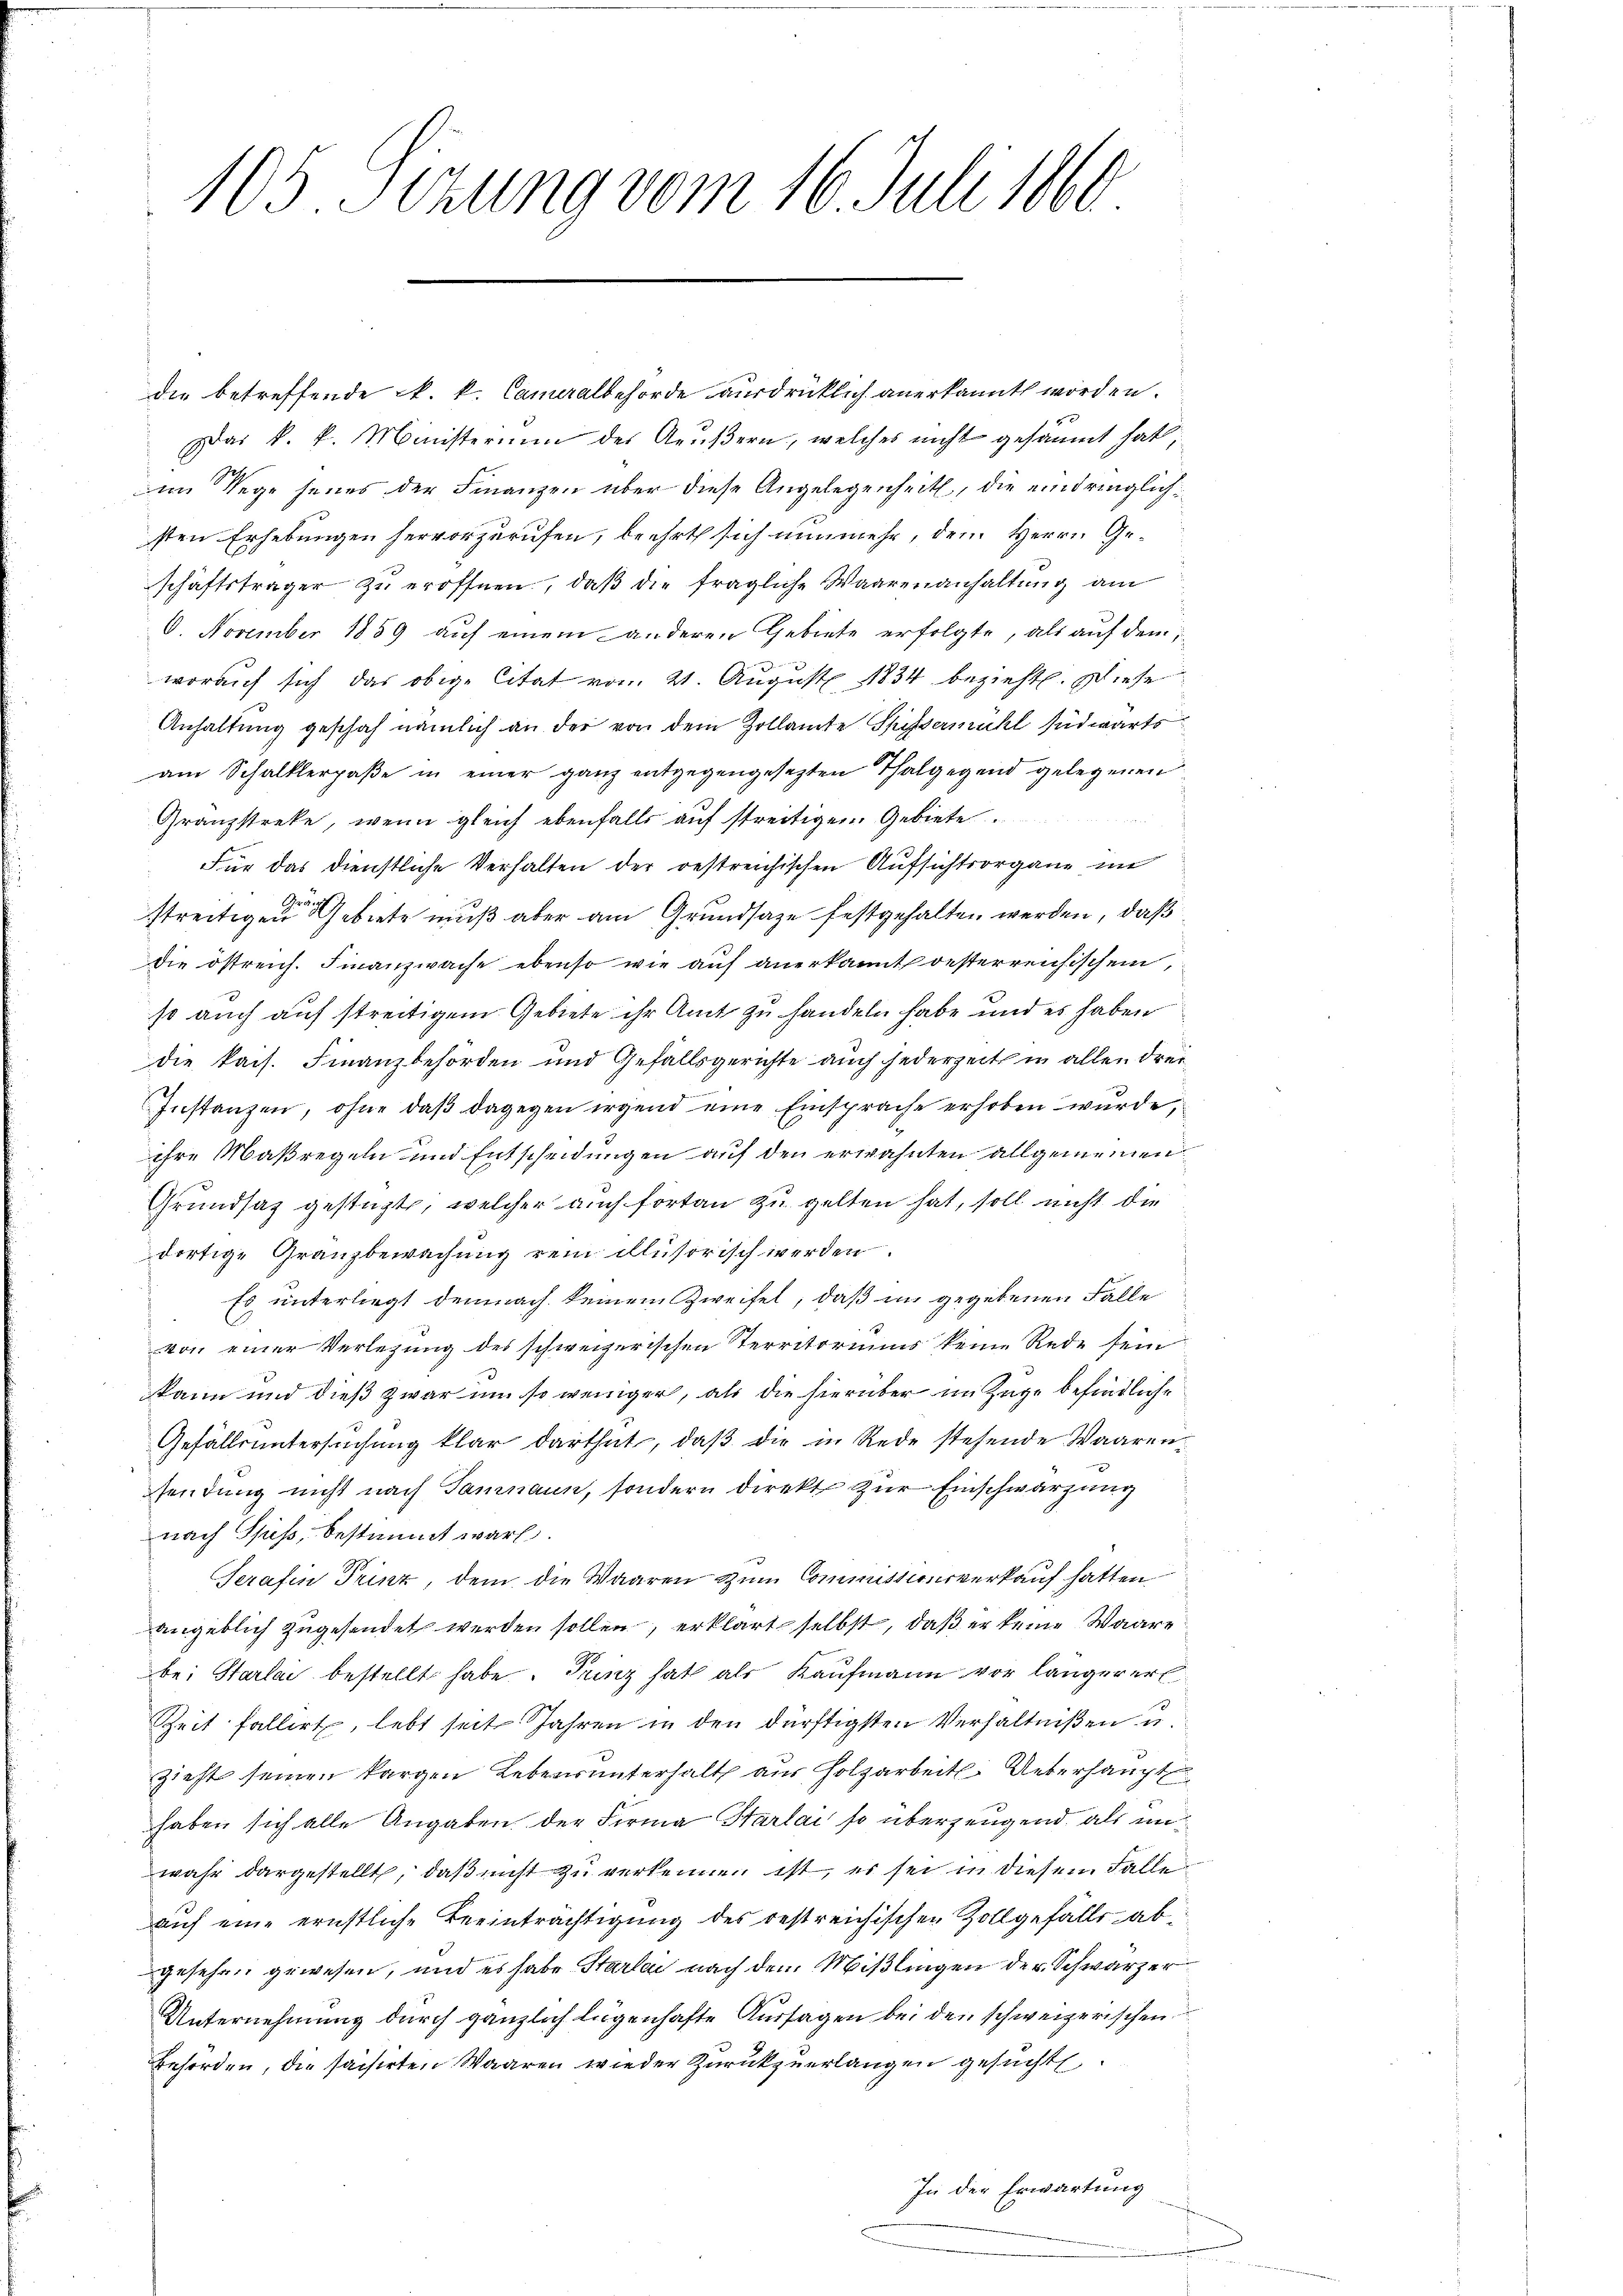
105 Sizung vom 16. Juli 1860

die betreffende N. k. Cameralbehörde ausdrücklich anerkannt worden.
x
zwar k. k. Ministerium des Aeußern, welches nicht gesäumt hat;
im Wege seies der Finanzen über diese Angelegenheit, die eindringlichsten Erhebungen hervorzurufen, beehrt sich nunmehr, dem Herrn Geschäftsträger zu eröffnen, daβ die fragliche Waarenanhaltung am
6. November 1859 auf einem anderen Gebiete erfolgte, als auf dem,
 we
worauf sich das obige Citat vom 21. August 1834 bezieht. Diese
Anhaltung geschah nämlich an der von dem Zollamte Spissermühl südwärts
am Schalklerpaße in einer ganz entgegengesetzten Thalgegend gelegenen
Gränzstreke, wenn gleich ebenfalls auf streitigem Gebiete
Für das dienstliche Verhalten der restreichischen Aufsichtsorgane im
streitigen Gebiete muß aber am Grundsatze festgehalten werden, daß
die östreich. Finanzwache ebenso wie auf anerkannt gesterreichischen,
so auch auf streitigem Gebiete ihr Amt zu handeln habe und es haben
die kais. Finanzbehörden und Gefällsgerichte auch jederzeit in allen drei¬
Instanzen, ohne daß dagegen irgend eine Einsprache erhoben wurde,
ihre Maßregeln und Entscheidungen auf den erwähnten allgemeinen
Grundsaz gestagt, welcher auch fortan zu gelten hat, soll nicht die
dortige Granzbewachung rein clusorisch werden.
Es unterliegt demnach keinem Zweifel, daß in gegebenen Falle
von einer Verlegung des schweizerischen Territoriums keine Rede sein
kann und dieß zwar um so weniger, als die hierüber im Zuge befindliche
Gefällsuntersuchung klar dartheit, daβ die in Rede stehende Waarensendung nicht nach Samnaun, sondern direkt zur Einschwarzung
nach Spis, bestimmt wäre.
Serafin Prinz, dem die Waaren zum Commissionsverkauf hatten
angeblich zugesendet werden sollen, erklärt selbst, daß er keine Waare
bei Starlai bestellt habe. Trinz hat als Kaufmann vor längerer
Zeit fallert, lebt seit Jahren in den dürftigsten Verhältnißen u.
Zieht seinen kargen Lebensunterhalt aus Holzarbeit Ueberhaupt
haben sich alle Angaben der Firma Starlai so überzeugend, als unwahr dargestellt, daß nicht zu verkennen ist, es sei in diesem Falle
auf eine ernstliche Beeinträchtigung des bestreichischen Zollgefälls abgesehen gewesen, und es habe Starlei nach dem Mißlingen der Schwarzer
Unternehmung durch gänzlich legenhafte Aussagen bei den schweizerischen
Behörden, die saisirten Waaren wieder Zurückzuerlangen gesucht
In der Erwartung